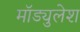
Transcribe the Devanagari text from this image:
मॉड्युलेश